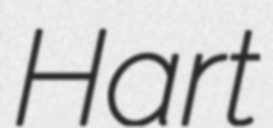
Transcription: Hart